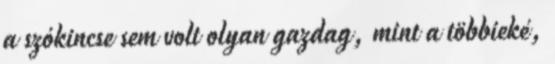
a szókincse sem volt olyan gazdag, mint a többieké,